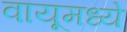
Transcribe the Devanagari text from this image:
वायूमध्ये